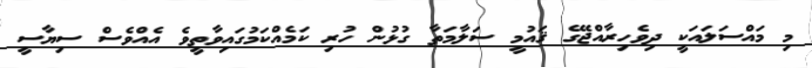
މި މައްސަލައަކީ ދިވެހިރާއްޖޭގެ ޤައުމީ ސަލާމަތާ ގުޅުން ހުރި ކަމެއްކަމުގައިވާތީވެ އެއްވެސް ސިޔާސީ